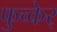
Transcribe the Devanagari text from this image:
फुच्केर्